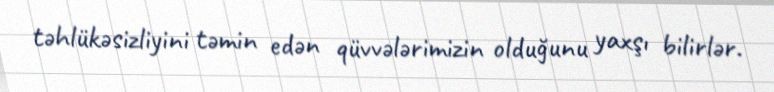
təhlükəsizliyini təmin edən qüvvələrimizin olduğunu yaxşı bilirlər.